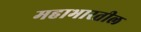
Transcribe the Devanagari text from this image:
महाभारतील